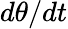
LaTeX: d\theta/dt